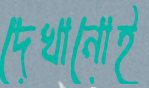
দেখানোই